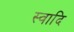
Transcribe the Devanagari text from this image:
स्वादि